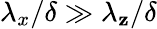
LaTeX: {\lambda}_{x}/\delta\gg{\lambda}_{\mathbf{z}}/\delta